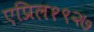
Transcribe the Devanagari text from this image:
एप्रिल१९२७